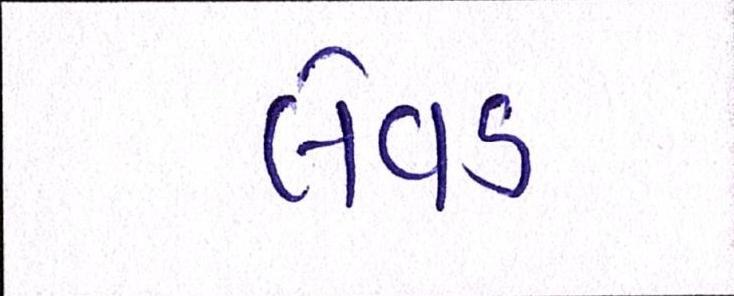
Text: લેવડ